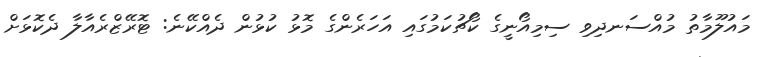
މައުލޫމާތު މުއްސަނދިވި ސިމިއޯނީގެ ކޯޗުކަމުގައި އަހަރެންގެ މޮޅު ކުޅުން ދެއްކޭނެ: ޓޮރޭޒްރެއާލާ ދެކޮޅަށް